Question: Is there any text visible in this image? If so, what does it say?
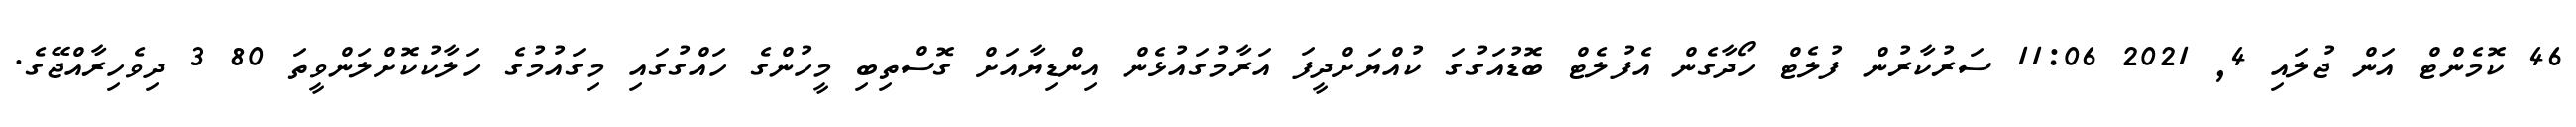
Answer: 46 ކޮމެންޓް އަން ޖުލައި 4, 2021 11:06 ސަރުކާރުން ފުލެޓް ހޯދާގެން އެފުލެޓް ބޮޑުއަގުގަ ކުއްޔަށްދީފަ އަރާމުގައުޅެން އިންޑިޔާއަށް ގޮސްތިބި މީހުންގެ ހައްގުގައި މިގައުމުގެ ހަލާކުކޮށްލަންވީތަ 80 3 ދިވެހިރާއްޖޭގެ.